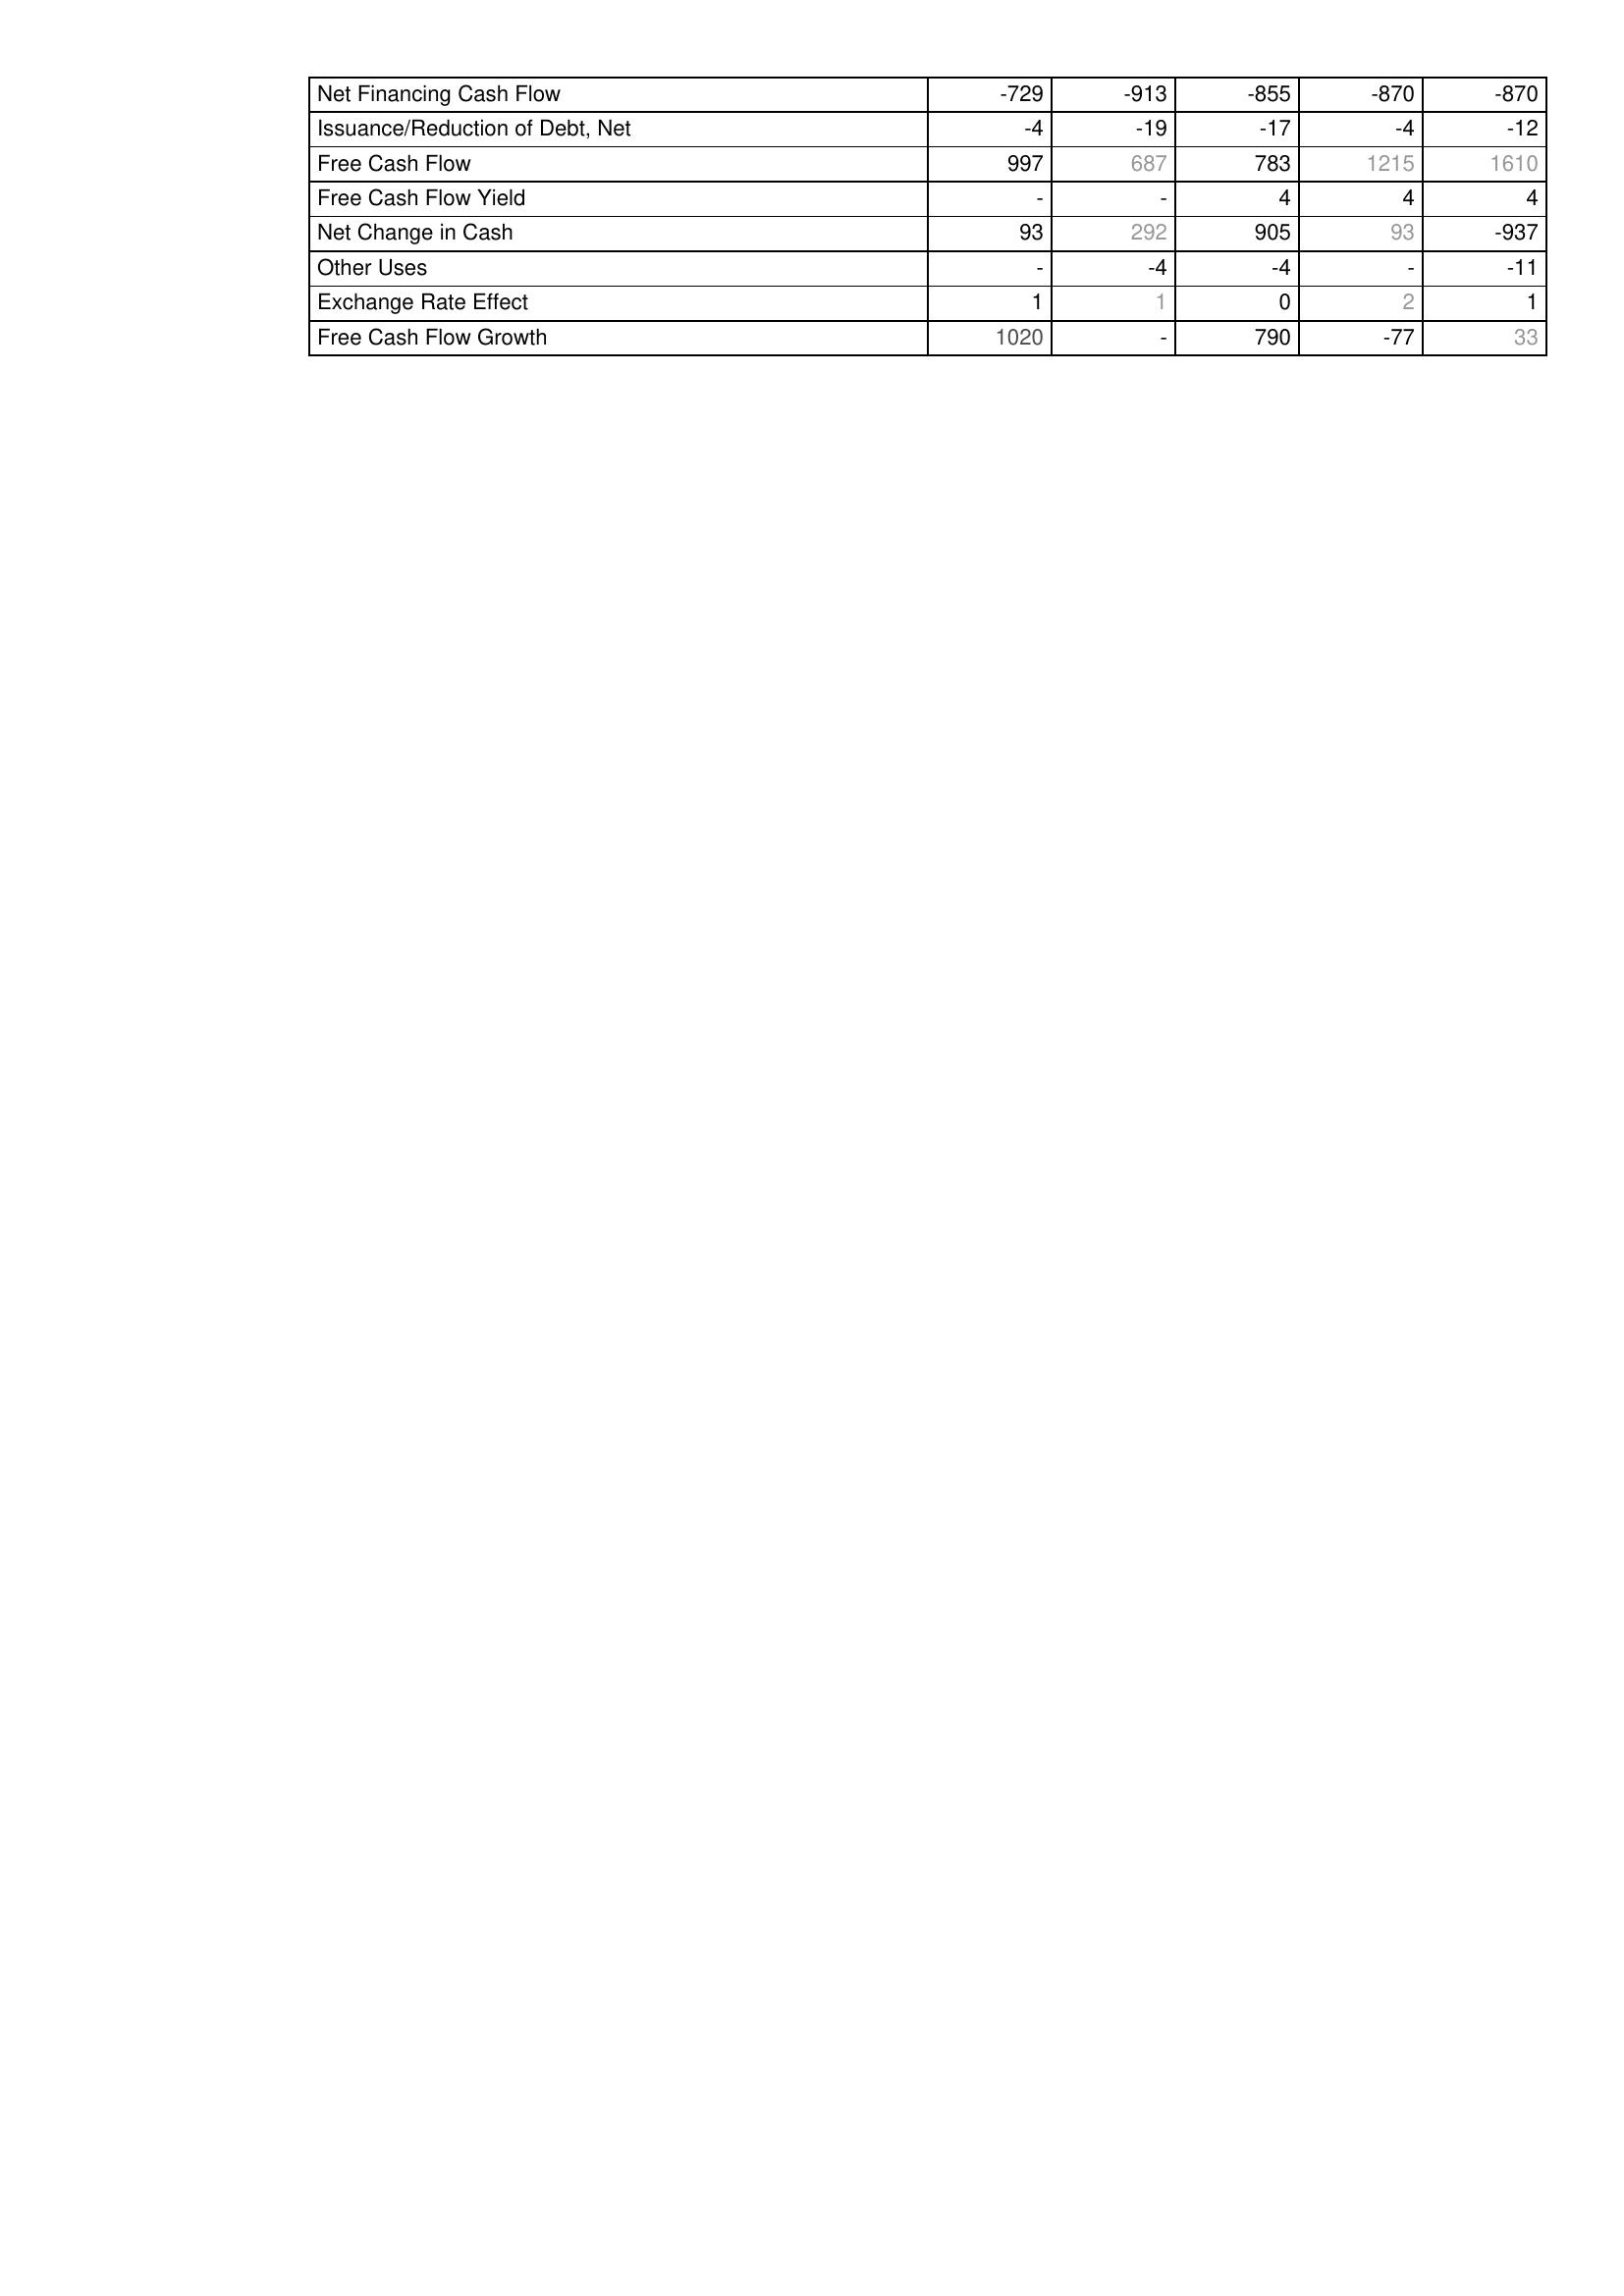
2007: Financing Activities: Net Financing Cash Flow: -729
Issuance/Reduction of Debt, Net: -4
Free Cash Flow: 997
Free Cash Flow Yield: -
Net Change in Cash: 93
Other Uses: -
Exchange Rate Effect: 1
Free Cash Flow Growth: 1020
2008: Financing Activities: Net Financing Cash Flow: -913
Issuance/Reduction of Debt, Net: -19
Free Cash Flow: 687
Free Cash Flow Yield: -
Net Change in Cash: 292
Other Uses: -4
Exchange Rate Effect: 1
Free Cash Flow Growth: -
2009: Financing Activities: Net Financing Cash Flow: -855
Issuance/Reduction of Debt, Net: -17
Free Cash Flow: 783
Free Cash Flow Yield: 4
Net Change in Cash: 905
Other Uses: -4
Exchange Rate Effect: 0
Free Cash Flow Growth: 790
2010: Financing Activities: Net Financing Cash Flow: -870
Issuance/Reduction of Debt, Net: -4
Free Cash Flow: 1215
Free Cash Flow Yield: 4
Net Change in Cash: 93
Other Uses: -
Exchange Rate Effect: 2
Free Cash Flow Growth: -77
2011: Financing Activities: Net Financing Cash Flow: -870
Issuance/Reduction of Debt, Net: -12
Free Cash Flow: 1610
Free Cash Flow Yield: 4
Net Change in Cash: -937
Other Uses: -11
Exchange Rate Effect: 1
Free Cash Flow Growth: 33